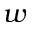
w